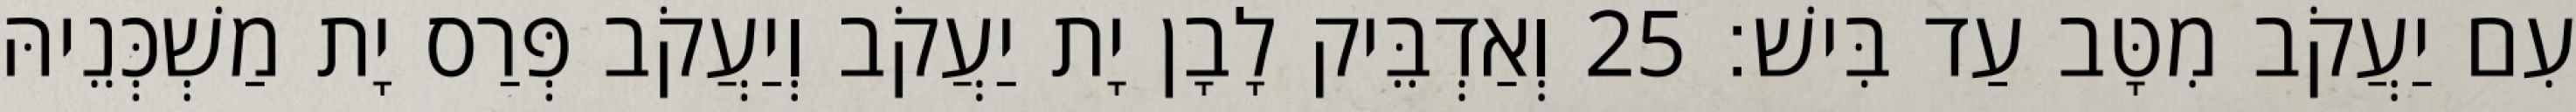
עִם יַעֲקֹב מִטָּב עַד בִּישׁ׃ 25 וְאַדְבֵּיק לָבָן יָת יַעֲקֹב וְיַעֲקֹב פְּרַס יָת מַשְׁכְּנֵיהּ